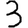
Digit: 3